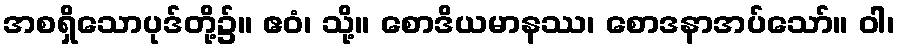
အစရှိသောပုဒ်တို့၌။ ဧဝံ၊ သို့။ စောဒိယမာနဿ၊ စောဒနာအပ်သော်။ ဝါ၊